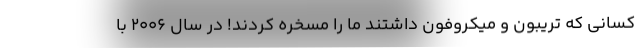
کسانی که تریبون و میکروفون داشتند ما را مسخره کردند! در سال 2006 با